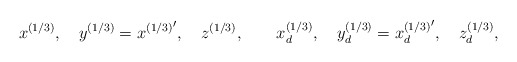
\begin{align*}x^{(1/3)},\quad y^{(1/3)}={x^{(1/3)}}^\prime,\quad z^{(1/3)},\qquad x_d^{(1/3)},\quad y_d^{(1/3)}={x_d^{(1/3)}}^\prime,\quad z_d^{(1/3)},\end{align*}